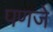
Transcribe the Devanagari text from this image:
पणजे